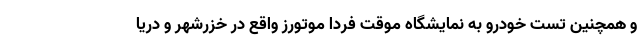
و همچنین تست خودرو به نمایشگاه موقت فردا موتورز واقع در خزرشهر و دریا